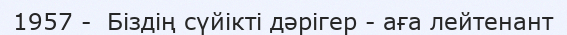
1957 -  Біздің сүйікті дәрігер - аға лейтенант